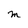
Character: M